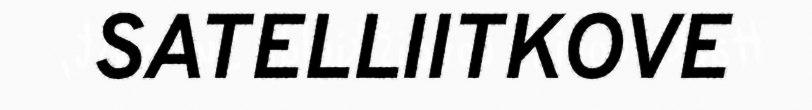
SATELLIITKOVE